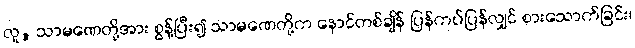
လူ, သာမဏေတို့အား စွန့်ပြီး၍ သာမဏေတို့က နောင်တစ်ချိန် ပြန်ကပ်ပြန်လျှင် စားသောက်ခြင်း၊